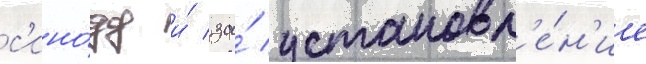
с'ино́ду и́ за́ установл'е́н'ие